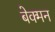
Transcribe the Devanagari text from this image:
बेक्मन